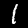
Digit: 1